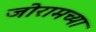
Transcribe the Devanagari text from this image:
जोरामच्या